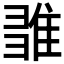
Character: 𨿉